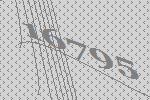
16795